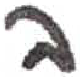
אות: ב